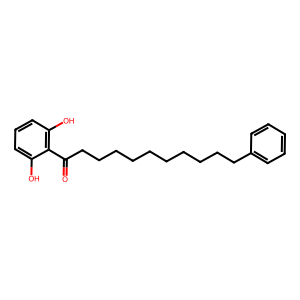
SMILES: O=C(CCCCCCCCCCc1ccccc1)c1c(O)cccc1O
Inhibits HIV replication: No